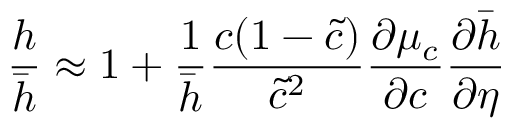
\frac { h } { \bar { h } } \approx 1 + \frac { 1 } { \bar { h } } \frac { c ( 1 - \tilde { c } ) } { \tilde { c } ^ { 2 } } \frac { \partial \mu _ { c } } { \partial c } \frac { \partial \bar { h } } { \partial \eta }